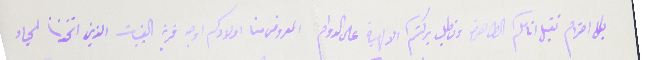
بكل احترام نقبل انامكم الطاهرة ونطلب بركتم الالهية على الدوام المعروض منا اولادكم اوجه قرية القبيات الذين اتخذنا الحياد